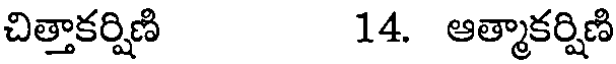
చిత్తాకర్షిణి 14. ఆత్మాకర్షిణి